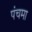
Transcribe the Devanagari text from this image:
पंचमा